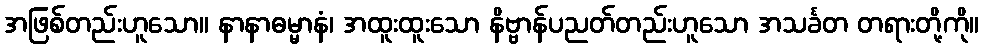
အဖြစ်တည်းဟူသော။ နာနာဓမ္မာနံ၊ အထူးထူးသော နိဗ္ဗာန်ပညတ်တည်းဟူသော အသင်္ခတ တရားတို့ကို။